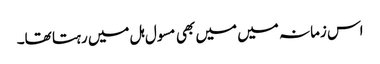
اس زمانہ میں میں بھی مسول ہل میں رہتا تھا۔